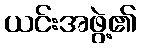
ယင်းအဖွဲ့၏